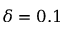
\delta = 0 . 1